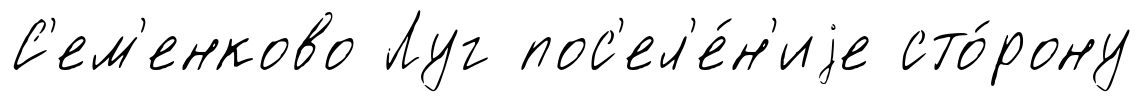
С'ем'енково Луг пос'ел'е́н'иjе сто́рону